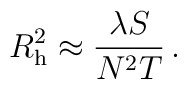
R_{\rm h}^2 \approx {\lambda S \over N^2 T}\,.